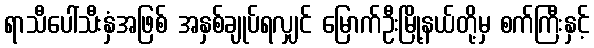
ရာသီပေါ်သီးနှံအဖြစ် အနှစ်ချုပ်ရလျှင် မြောက်ဦးမြို့နယ်တို့မှ စက်ကြီးနှင့်